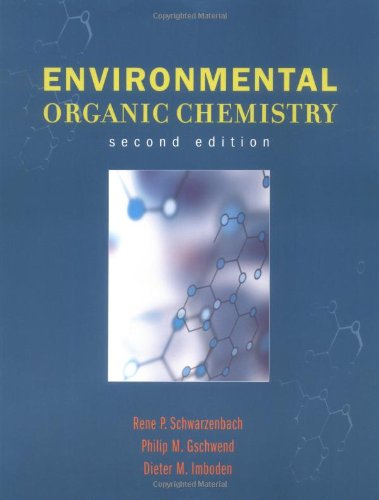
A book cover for Environmental Organic Chemistry; Rene P. Schwarzenbach; Science & Math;